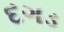
દગડ